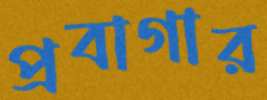
প্রবাগার